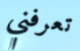
تعرفني